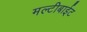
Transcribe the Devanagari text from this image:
मल्टीबाईट